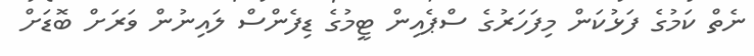
ނެތް ކަމުގެ ފަޅުކަން މިފަހަރުގެ ސްޕެއިން ޓީމުގެ ޑިފެންސް ލައިނުން ވަރަށް ބޮޑަށް